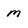
Character: M